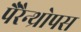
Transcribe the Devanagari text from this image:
पैरैन्थ्रोपस